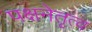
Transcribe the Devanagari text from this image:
पक्षनेतृत्व